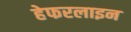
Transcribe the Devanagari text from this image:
हेफरलाइन